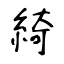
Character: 綺